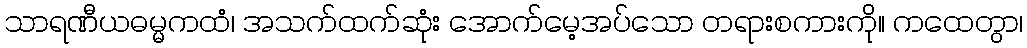
သာရဏီယဓမ္မကထံ၊ အသက်ထက်ဆုံး အောက်မေ့အပ်သော တရားစကားကို။ ကထေတွာ၊